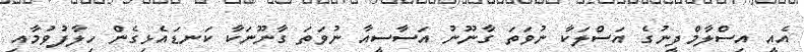
އެއީ އިސްލާމްދީނުގެ އަސްލަކާ ނުވަތަ ގާނޫނު އަސާސީއާ ނުވަތަ ގާނޫނަކާ ކަނޑައެޅިގެން ހިލާފުވުމާއި